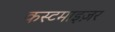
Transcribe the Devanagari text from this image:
कस्टमाइज़र